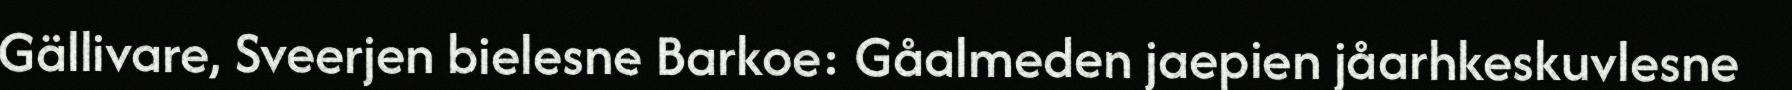
Gällivare, Sveerjen bielesne Barkoe: Gåalmeden jaepien jåarhkeskuvlesne